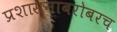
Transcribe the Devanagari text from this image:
प्रशासनाबरोबरच